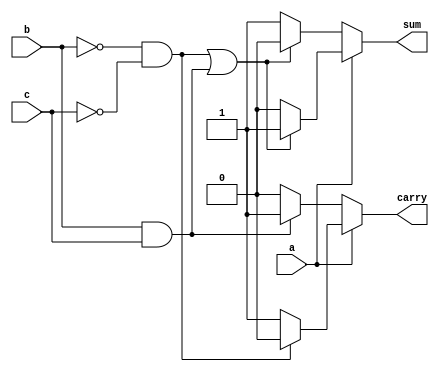
module fulladder(a,b,c,sum,carry);
input a,b,c;
output sum,carry;
reg sum,carry;

always@(a,b,c,sum,carry)
begin

    if (a==1'b0)
    begin
        if((b==1'b0 && c==1'b0) || (b==1'b1 && c==1'b1))
        sum=1'b0;
        else
        sum=1'b1;
    end
    else
    begin

         if((b==1'b0 && c==1'b0) || (b==1'b1 && c==1'b1))
         sum=1'b1;
         else
         sum=1'b0;

    end

    if(a==1'b0)
    begin
        if(b==1'b1 && c==1'b1)
        carry=1'b1;
        else
        carry=1'b0;
    end
    else
    begin
        if(b==1'b0 && c==1'b0)
        carry=1'b0;
        else
        carry=1'b1;
    end


end
endmodule


module test;
reg a,b,c;
wire sum,carry;


fulladder t1(a,b,c,sum,carry);
initial
begin
    a=1'b0;
     b=1'b0;
      c=1'b0;
   $monitor("time=%0t a=%b ,b=%b ,c=%b ,sum=%b ,carry=%b",$time,a,b,c,sum,carry);
   #5 a=1'b0; b=1'b0; c=1'b0;
   #5 a=1'b0; b=1'b0; c=1'b1;
   #5 a=1'b0; b=1'b1; c=1'b0;
   #5 a=1'b0; b=1'b1; c=1'b1;
   #5 a=1'b1; b=1'b0; c=1'b0;
   #5 a=1'b1; b=1'b0; c=1'b1;
   #5 a=1'b1; b=1'b1; c=1'b0;
   #5 a=1'b1; b=1'b1; c=1'b1;
end
endmodule